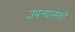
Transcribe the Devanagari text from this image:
उपन्यासको